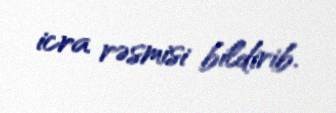
icra rəsmisi bildirib.